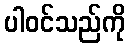
ပါဝင်သည်ကို